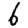
Digit: 6